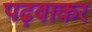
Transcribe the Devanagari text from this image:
पढ़वाकर